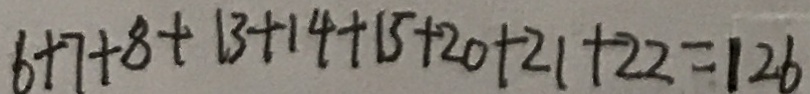
6 + 7 + 8 + 1 3 + 1 4 + 1 5 + 2 0 + 2 1 + 2 2 = 1 2 6